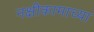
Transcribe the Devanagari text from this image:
नक्षीकामाच्या